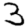
Digit: 3